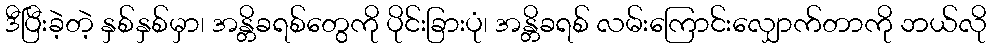
ဒီပြီးခဲ့တဲ့ နှစ်နှစ်မှာ၊ အန္တိခရစ်တွေကို ပိုင်းခြားပုံ၊ အန္တိခရစ် လမ်းကြောင်းလျှောက်တာကို ဘယ်လို